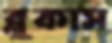
ব্লুকাস